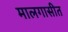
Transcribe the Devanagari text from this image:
मालगासीत